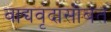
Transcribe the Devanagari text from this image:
वाद्यवृंदासोबत